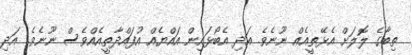
ތިބާގެ ލޮލަށް އެޅޭތީއެއް ނޫނެވެ. އަދި އެބޯޅައިން އައްޔެއް އުފައްދާތީއެއްވެސް ނޫނެވެ. އަދި